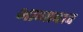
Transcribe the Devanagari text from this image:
भाणाचाच